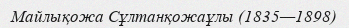
Майлықожа Сұлтанқожаұлы (1835—1898)